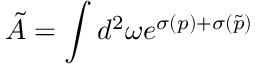
\tilde { A } = \int d ^ { 2 } \omega e ^ { \sigma ( p ) + \sigma ( \tilde { p } ) }